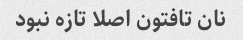
نان تافتون اصلا تازه نبود